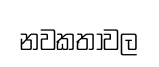
නවකතාවල